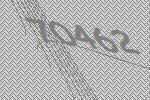
70462